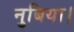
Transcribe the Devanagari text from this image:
नुबिया।